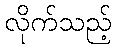
လိုက်သည့်